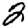
Digit: 2